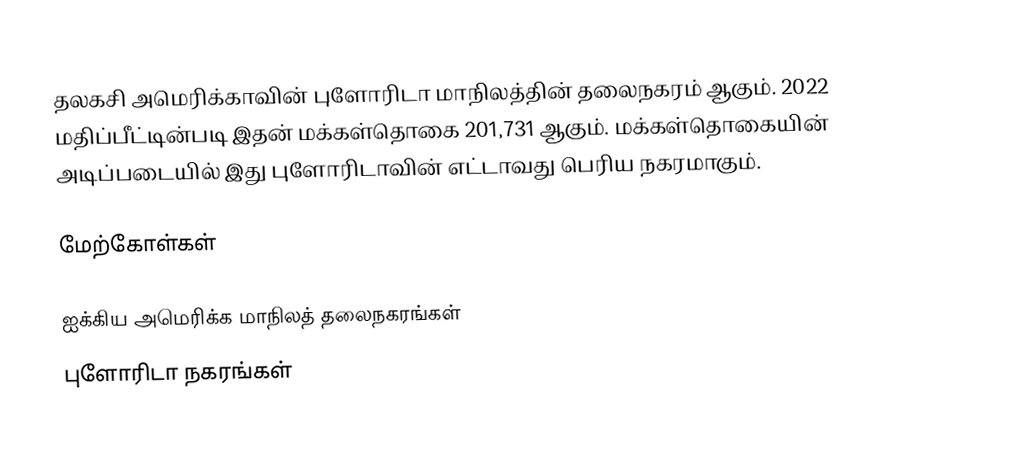
தலகசி அமெரிக்காவின் புளோரிடா மாநிலத்தின் தலைநகரம் ஆகும். 2022 மதிப்பீட்டின்படி இதன் மக்கள்தொகை 201,731 ஆகும். மக்கள்தொகையின் அடிப்படையில் இது புளோரிடாவின் எட்டாவது பெரிய நகரமாகும்.

மேற்கோள்கள்

ஐக்கிய அமெரிக்க மாநிலத் தலைநகரங்கள்
புளோரிடா நகரங்கள்